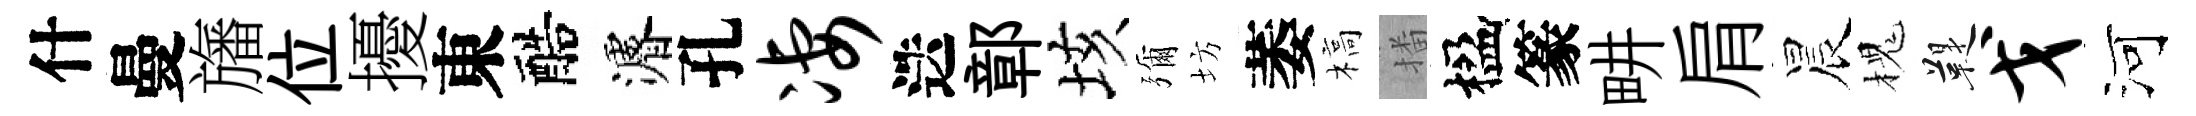
什曼旛位擾東醅濬孔凄迭鄣垓彌坊萎槁播楹篆畊肩晨槐鞮戈河